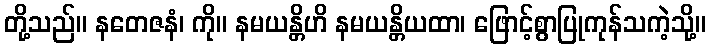
တို့သည်။ နတေဇနံ၊ ကို။ နမယန္တိဟိ နမယန္တိယထာ၊ ဖြောင့်စွာပြုကုန်သကဲ့သို့။